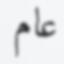
عام